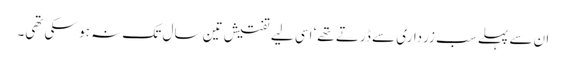
ان سے پہلے سب زرداری سے ڈرتے تھے‘ اسی لیے تفتیش تین سال تک نہ ہو سکی تھی۔